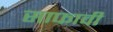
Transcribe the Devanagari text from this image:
साफावी